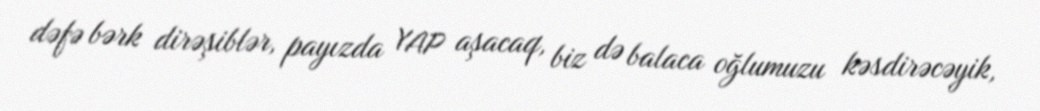
dəfə bərk dirəşiblər, payızda YAP aşacaq, biz də balaca oğlumuzu kəsdirəcəyik,